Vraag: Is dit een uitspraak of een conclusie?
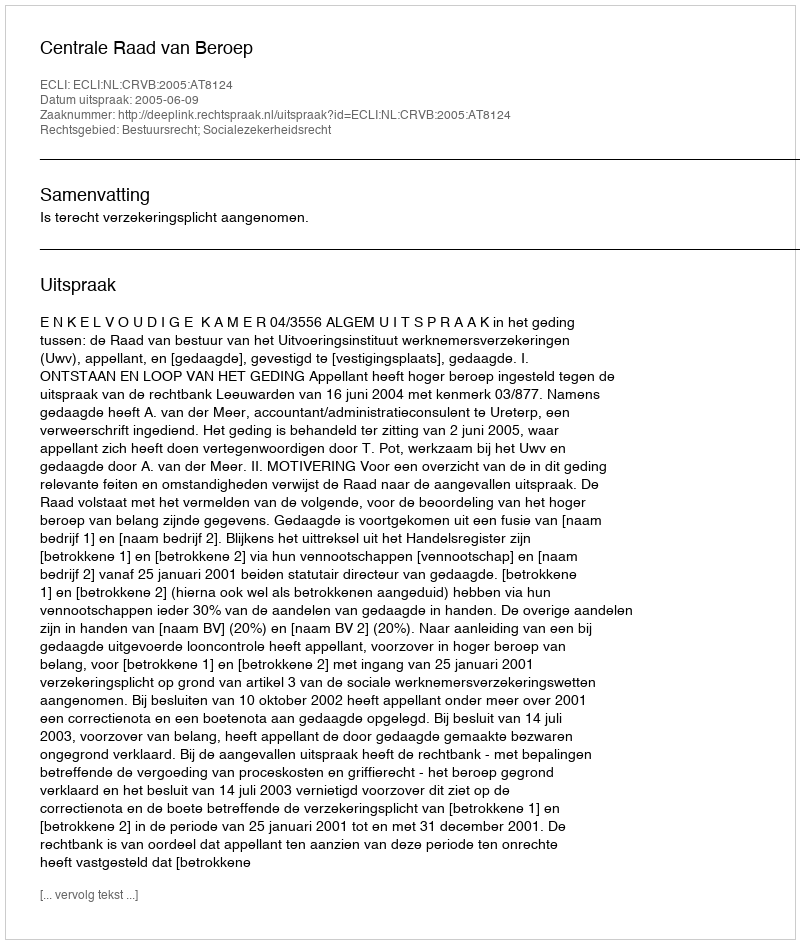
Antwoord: Uitspraak